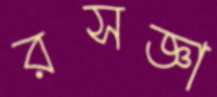
রসজ্ঞা